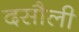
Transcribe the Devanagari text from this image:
दसौली